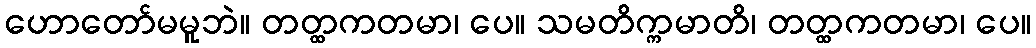
ဟောတော်မမူဘဲ။ တတ္ထကတမာ၊ ပေ။ သမတိက္ကမာတိ၊ တတ္ထကတမာ၊ ပေ။